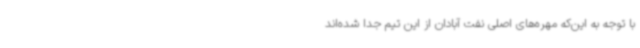
با توجه به این‌که مهره‌های اصلی نفت آبادان از این تیم جدا شده‌اند